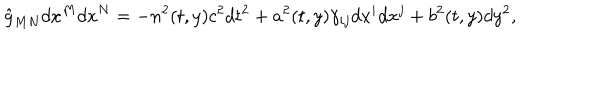
\hat { g } _ { M N } d x ^ { M } d x ^ { N } = - n ^ { 2 } ( t , y ) c ^ { 2 } d t ^ { 2 } + a ^ { 2 } ( t , y ) \gamma _ { i j } d x ^ { i } d x ^ { j } + b ^ { 2 } ( t , y ) d y ^ { 2 } ,